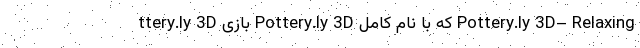
ttery.ly 3D بازی Pottery.ly 3D که با نام کامل Pottery.ly 3D– Relaxing